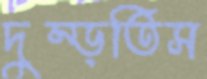
দুম্‌ড়তিস